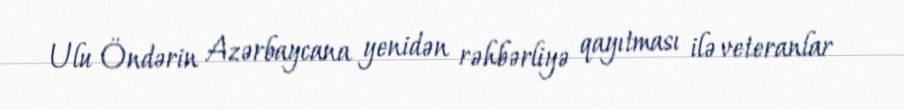
Ulu Öndərin Azərbaycana yenidən rəhbərliyə qayıtması ilə veteranlar